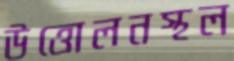
উত্তোলনস্থল